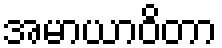
အမာယာဝိတာ